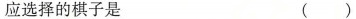
应选择的棋子是 ( )